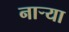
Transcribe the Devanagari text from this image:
नार्‍या